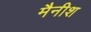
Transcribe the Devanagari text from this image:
मैनीश